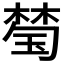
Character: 𱤈